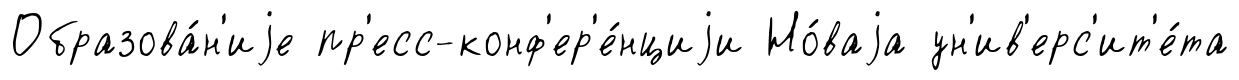
Образова́н'иjе пр'есс-конф'ер'е́нциjи Но́ваjа ун'ив'ерс'ит'е́та